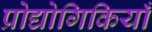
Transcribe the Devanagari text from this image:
प्रोद्योगिकियाँ